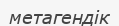
метагендік